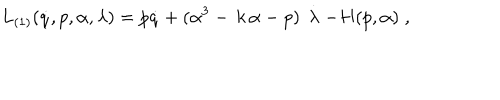
L _ { ( 1 ) } ( \dot { q } , p , \alpha , \lambda ) = p \dot { q } + ( \alpha ^ { 3 } - \, k \, \alpha - p ) \, \stackrel { . } { \lambda } - H ( p , \alpha ) \; ,